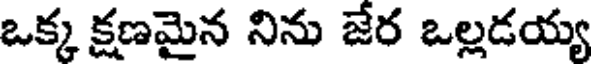
ఒక్క క్షణమైన నిను జేర ఒల్లడయ్య